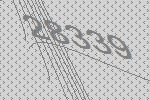
28339